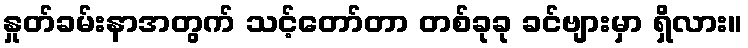
နှုတ်ခမ်းနာအတွက် သင့်တော်တာ တစ်ခုခု ခင်ဗျားမှာ ရှိလား။